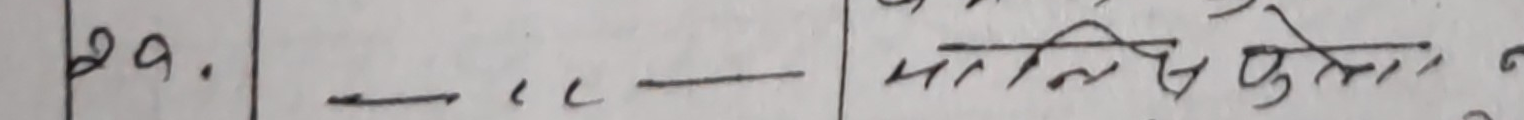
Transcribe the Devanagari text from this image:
२१.  — — मालिसे फुलेलो र